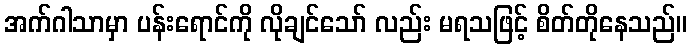
အက်ဂါသာမှာ ပန်းရောင်ကို လိုချင်သော် လည်း မရသဖြင့် စိတ်တိုနေသည်။